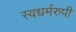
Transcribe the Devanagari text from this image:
स्वधर्मरुपी